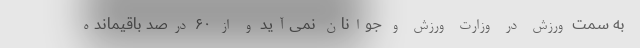
به سمت ورزش در وزارت ورزش و جوانان نمی‌آید و از ۶۰ درصد باقیمانده